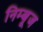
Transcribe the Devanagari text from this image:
निम्बूज